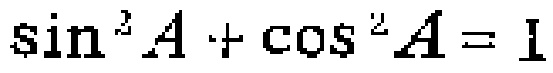
$\sin^{2}A + \cos^{2}A = 1$